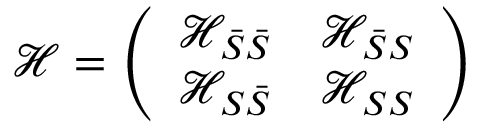
\mathcal { H } = \left( \begin{array} { l l } { \mathcal { H } _ { \bar { S } \bar { S } } } & { \mathcal { H } _ { \bar { S } S } } \\ { \mathcal { H } _ { S \bar { S } } } & { \mathcal { H } _ { S S } } \end{array} \right)